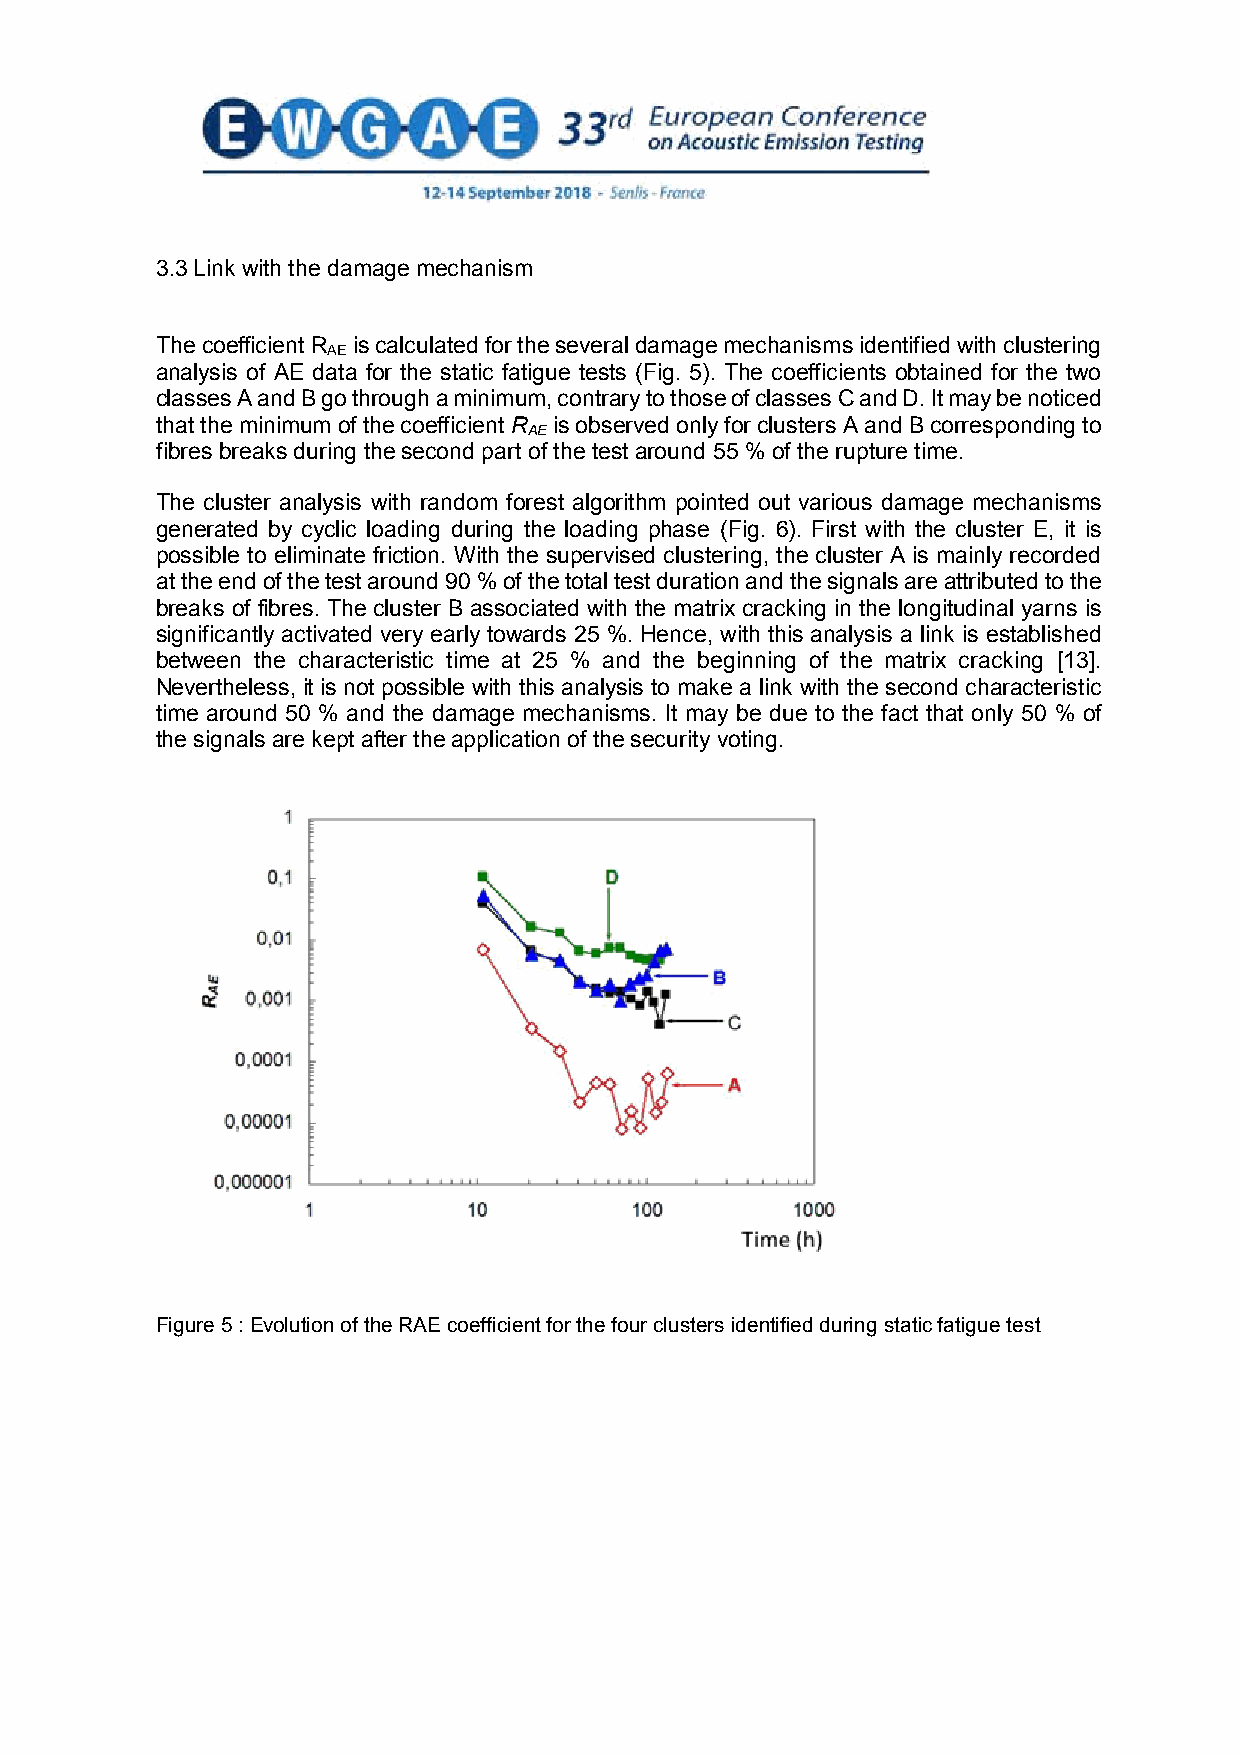
3.3 Link with the damage mechanism
 The coefficient R is calculated for the several damage mechanisms identified with clustering
 AE
 analysis of AE data for the static fatigue tests (Fig. 5). The coefficients obtained for the two
 classes A and B go through a minimum, contrary to those of classes C and D. It may be noticed
 that the minimum of the coefficient R is observed only for clusters A and B corresponding to
 AE
 fibres breaks during the second part of the test around 55 % of the rupture time.
 The cluster analysis with random forest algorithm pointed out various damage mechanisms
 generated by cyclic loading during the loading phase (Fig. 6). First with the cluster E, it is
 possible to eliminate friction. With the supervised clustering, the cluster A is mainly recorded
 at the end of the test around 90 % of the total test duration and the signals are attributed to the
 breaks of fibres. The cluster B associated with the matrix cracking in the longitudinal yarns is
 significantly activated very early towards 25 %. Hence, with this analysis a link is established
 between the characteristic time at 25 % and the beginning of the matrix cracking [13].
 Nevertheless, it is not possible with this analysis to make a link with the second characteristic
 time around 50 % and the damage mechanisms. It may be due to the fact that only 50 % of
 the signals are kept after the application of the security voting.
 Figure 5 : Evolution of the RAE coefficient for the four clusters identified during static fatigue test
 11